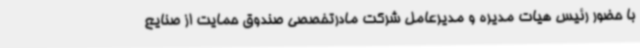
با حضور رئیس هیات مدیره و مدیرعامل شرکت مادرتخصصی صندوق حمایت از صنایع